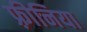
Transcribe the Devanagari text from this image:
फ़्रीनिया